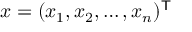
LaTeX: x = ( x _ { 1 } , x _ { 2 } , \ldots , x _ { n } ) ^ { \mathsf { T } }